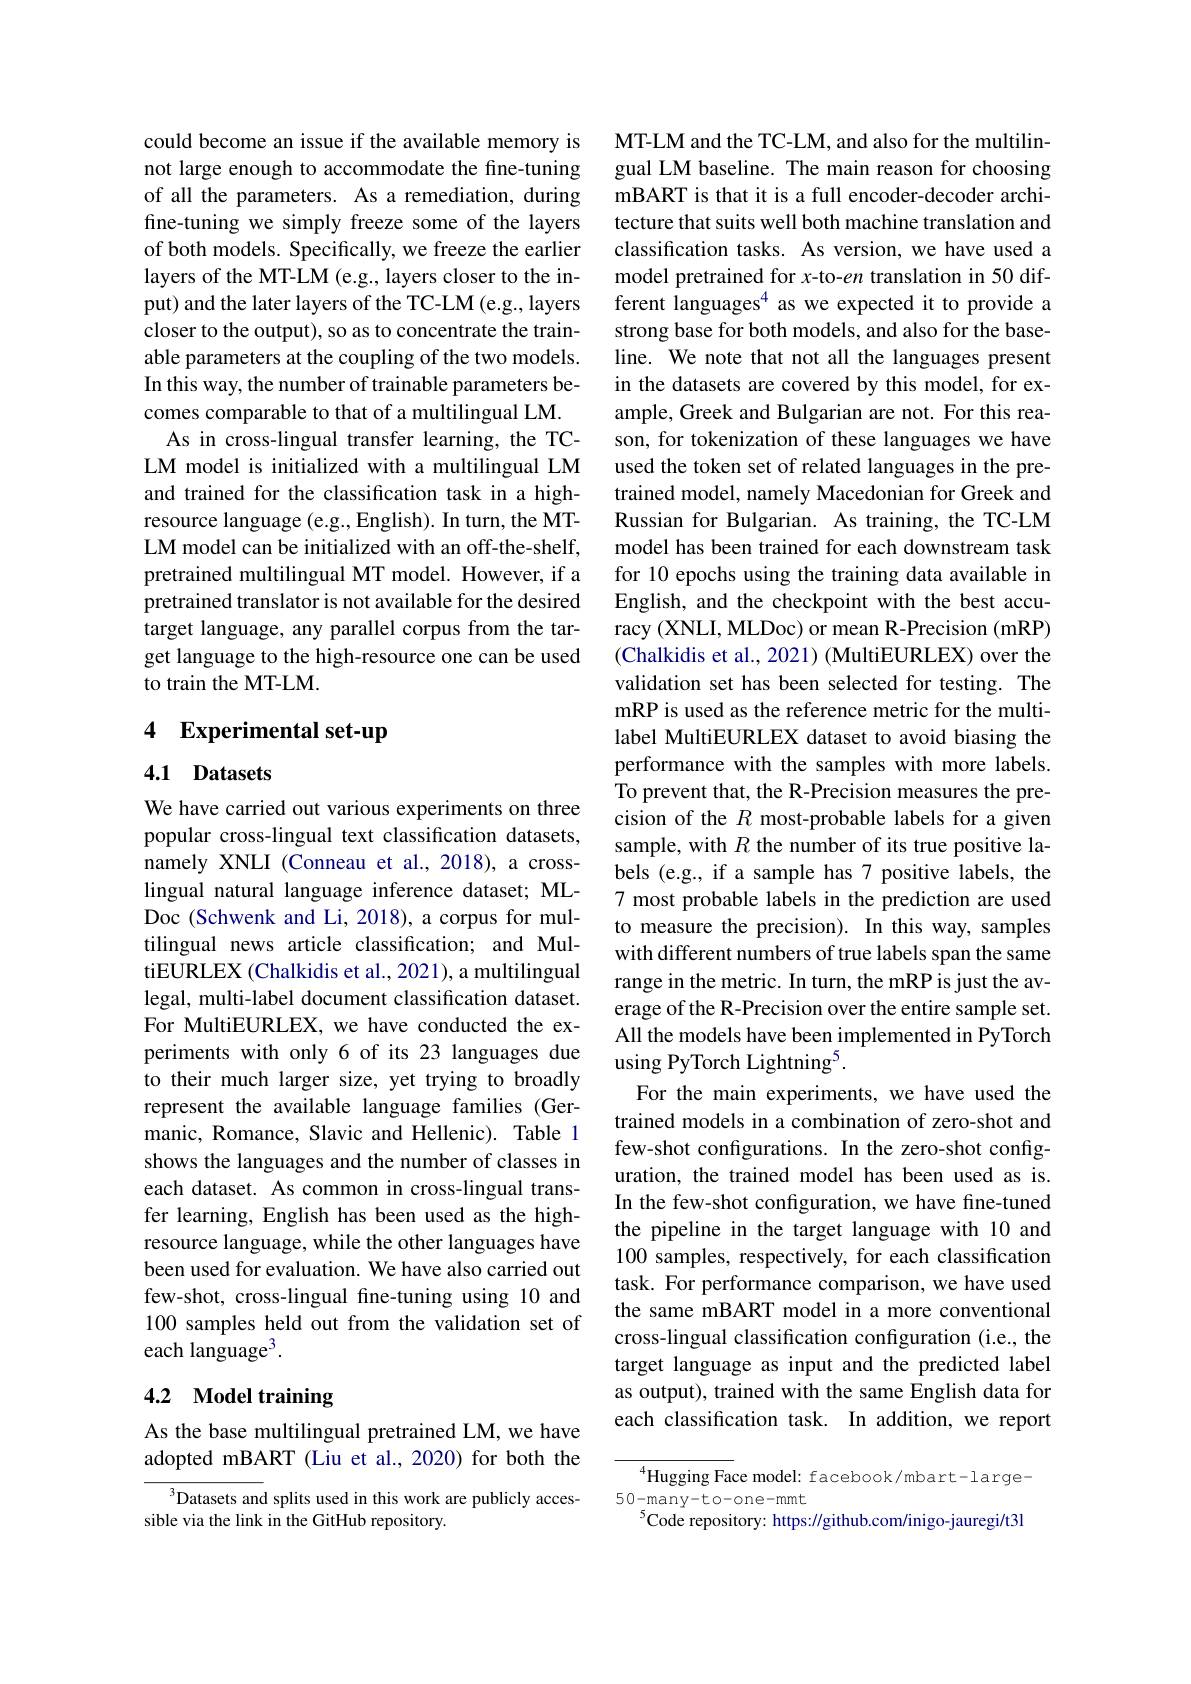
could become an issue if the available memory is not large enough to accommodate the fine-tuning of all the parameters. As a remediation, during fine-tuning we simply freeze some of the layers of both models. Specifically, we freeze the earlier layers of the MT-LM (e.g., layers closer to the input) and the later layers of the TC-LM (e.g., layers closer to the output), so as to concentrate the trainable parameters at the coupling of the two models. In this way, the number of trainable parameters becomes comparable to that of a multilingual LM.
As in cross-lingual transfer learning, the TCLM model is initialized with a multilingual LM and trained for the classification task in a highresource language (e.g., English). In turn, the MTLM model can be initialized with an off-the-shelf, pretrained multilingual MT model. However, if a pretrained translator is not available for the desired target language, any parallel corpus from the target language to the high-resource one can be used to train the MT-LM.

## 4 Experimental set-up

### 4.1 Datasets

We have carried out various experiments on three popular cross-lingual text classification datasets, namely XNLI (Conneau et al., 2018), a crosslingual natural language inference dataset; MLDoc (Schwenk and Li, 2018), a corpus for multilingual news article classification; and MultiEURLEX (Chalkidis et al., 2021), a multilingual legal, multi-label document classification dataset. For MultiEURLEX, we have conducted the experiments with only 6 of its 23 languages due to their much larger size, yet trying to broadly represent the available language families (Germanic, Romance, Slavic and Hellenic). Table 1 shows the languages and the number of classes in each dataset. As common in cross-lingual transfer learning, English has been used as the highresource language, while the other languages have been used for evaluation. We have also carried out few-shot, cross-lingual fine-tuning using 10 and 100 samples held out from the validation set of each language$^3.$

## 4.2 Model training

As the base multilingual pretrained LM, we have adopted mBART (Liu et al., 2020) for both the

$^3$Datasets and splits used in this work are publicly acces-
sible via the link in the GitHub repository.

MT-LM and the TC-LM, and also for the multilingual LM baseline. The main reason for choosing mBART is that it is a full encoder-decoder architecture that suits well both machine translation and classification tasks. As version, we have used a model pretrained for $x$-to-en translation in 50 different languages$^{4}$ as we expected it to provide a strong base for both models, and also for the baseline. We note that not all the languages present in the datasets are covered by this model, for example, Greek and Bulgarian are not. For this reason, for tokenization of these languages we have used the token set of related languages in the pretrained model, namely Macedonian for Greek and Russian for Bulgarian. As training, the TC-LM model has been trained for each downstream task for 10 epochs using the training data available in English, and the checkpoint with the best accuracy (XNLI, MLDoc) or mean R-Precision (mRP) (Chalkidis et al., 2021) (MultiEURLEX) over the validation set has been selected for testing. The mRP is used as the reference metric for the multilabel MultiEURLEX dataset to avoid biasing the performance with the samples with more labels. To prevent that, the R-Precision measures the precision of the $R$ most-probable labels for a given sample, with $R$ the number of its true positive labels (e.g., if a sample has 7 positive labels, the 7 most probable labels in the prediction are used to measure the precision). In this way, samples with different numbers of true labels span the same range in the metric. In turn, the mRP is just the average of the R-Precision over the entire sample set. All the models have been implemented in PyTorch using PyTorch Lightning$^{5}$
For the main experiments, we have used the trained models in a combination of zero-shot and few-shot configurations. In the zero-shot configuration, the trained model has been used as is. In the few-shot configuration, we have fine-tuned the pipeline in the target language with 10 and 100 samples, respectively, for each classification task. For performance comparison, we have used the same mBART model in a more conventional cross-lingual classification configuration (i.e., the target language as input and the predicted label as output), trained with the same English data for each classification task. In addition, we report

$^{4}$Hugging Face model: facebook/mbart-large-
$50-\max$y-to-one-mmt
$^{5}$Code repository: https://github.com/inigo-jauregi/t3l